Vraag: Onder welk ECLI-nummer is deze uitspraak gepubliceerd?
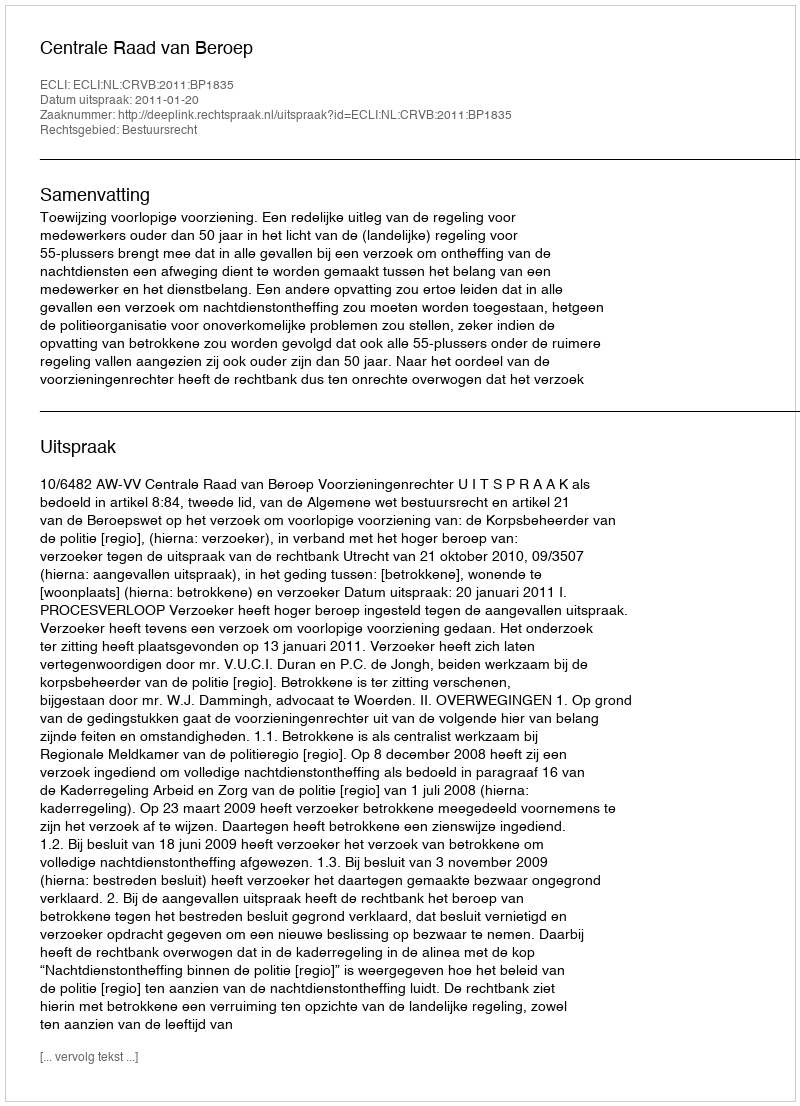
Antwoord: ECLI:NL:CRVB:2011:BP1835